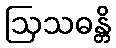
ဩသဓန္တိ